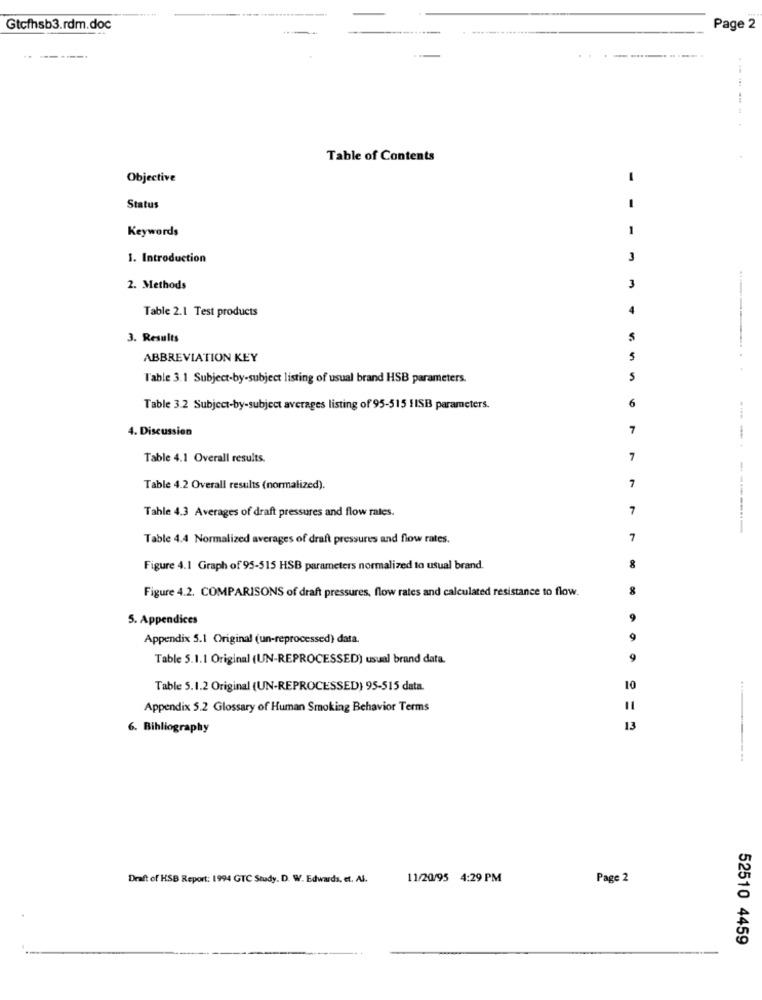
Gtcfhsb3.rdm.doc
Page 2
------.
Table of Contents
Objective
-
Status
Keywords
1
1. Introduction
3
2. Methods
3
Table 2.1 Test products
3. Results
ABBREVIATION KEY
5
l'able 3.1 Subject-by-subject listing of usual brand HSB parameters.
S
6
Table 3.2 Subject-by-subject averages listing of 95-515 HISB parameters.
4. Discussion
7
Table 4.1 Overall results.
7
7
Table 4.2 Overall results (normalized).
Tahle 4.3 Averages of draft pressures and flow rates.
7
Table 4.4 Normalized averages of draft pressures and flow rates.
7
Figure 4.1 Graph of 95-515 HSB parameters normalized to usual brand.
Figure 4.2. COMPARISONS of draft pressures, flow rates and calculated resistance to flow.
8
5. Appendices
Appendix 5.1 Original (un-reprocessed) data.
9
Table 5.1.1 Original (UN-REPROCESSED) usual brand data.
9
Table 5.1.2 Original (UN-REPROCESSED) 95-515 data.
10
Appendix 5.2 Glossary of Human Smoking Behavior Terms
11
6. Bibliography
13
.......
Draft of HSB Report: 1994 GTC Study. D. W. Edwards, et. Al.
11/20/95 4:29 PM
Page 2
52510 4459